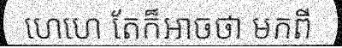
ហេហេ តែក៏អាចថា មកពី